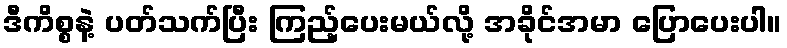
ဒီကိစ္စနဲ့ ပတ်သက်ပြီး ကြည့်ပေးမယ်လို့ အခိုင်အမာ ပြောပေးပါ။